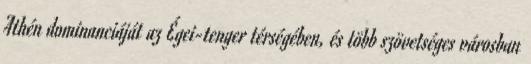
Athén dominanciáját az Égei-tenger térségében, és több szövetséges városban